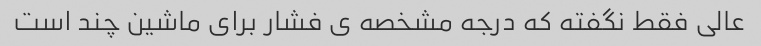
عالی فقط نگفته که درجه مشخصه ی فشار برای ماشین چند است